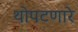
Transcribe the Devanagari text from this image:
थोपटणारे